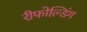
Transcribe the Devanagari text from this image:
रीफोल्डिंग